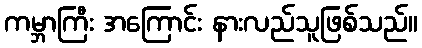
ကမ္ဘာကြီး အကြောင်း နားလည်သူဖြစ်သည်။